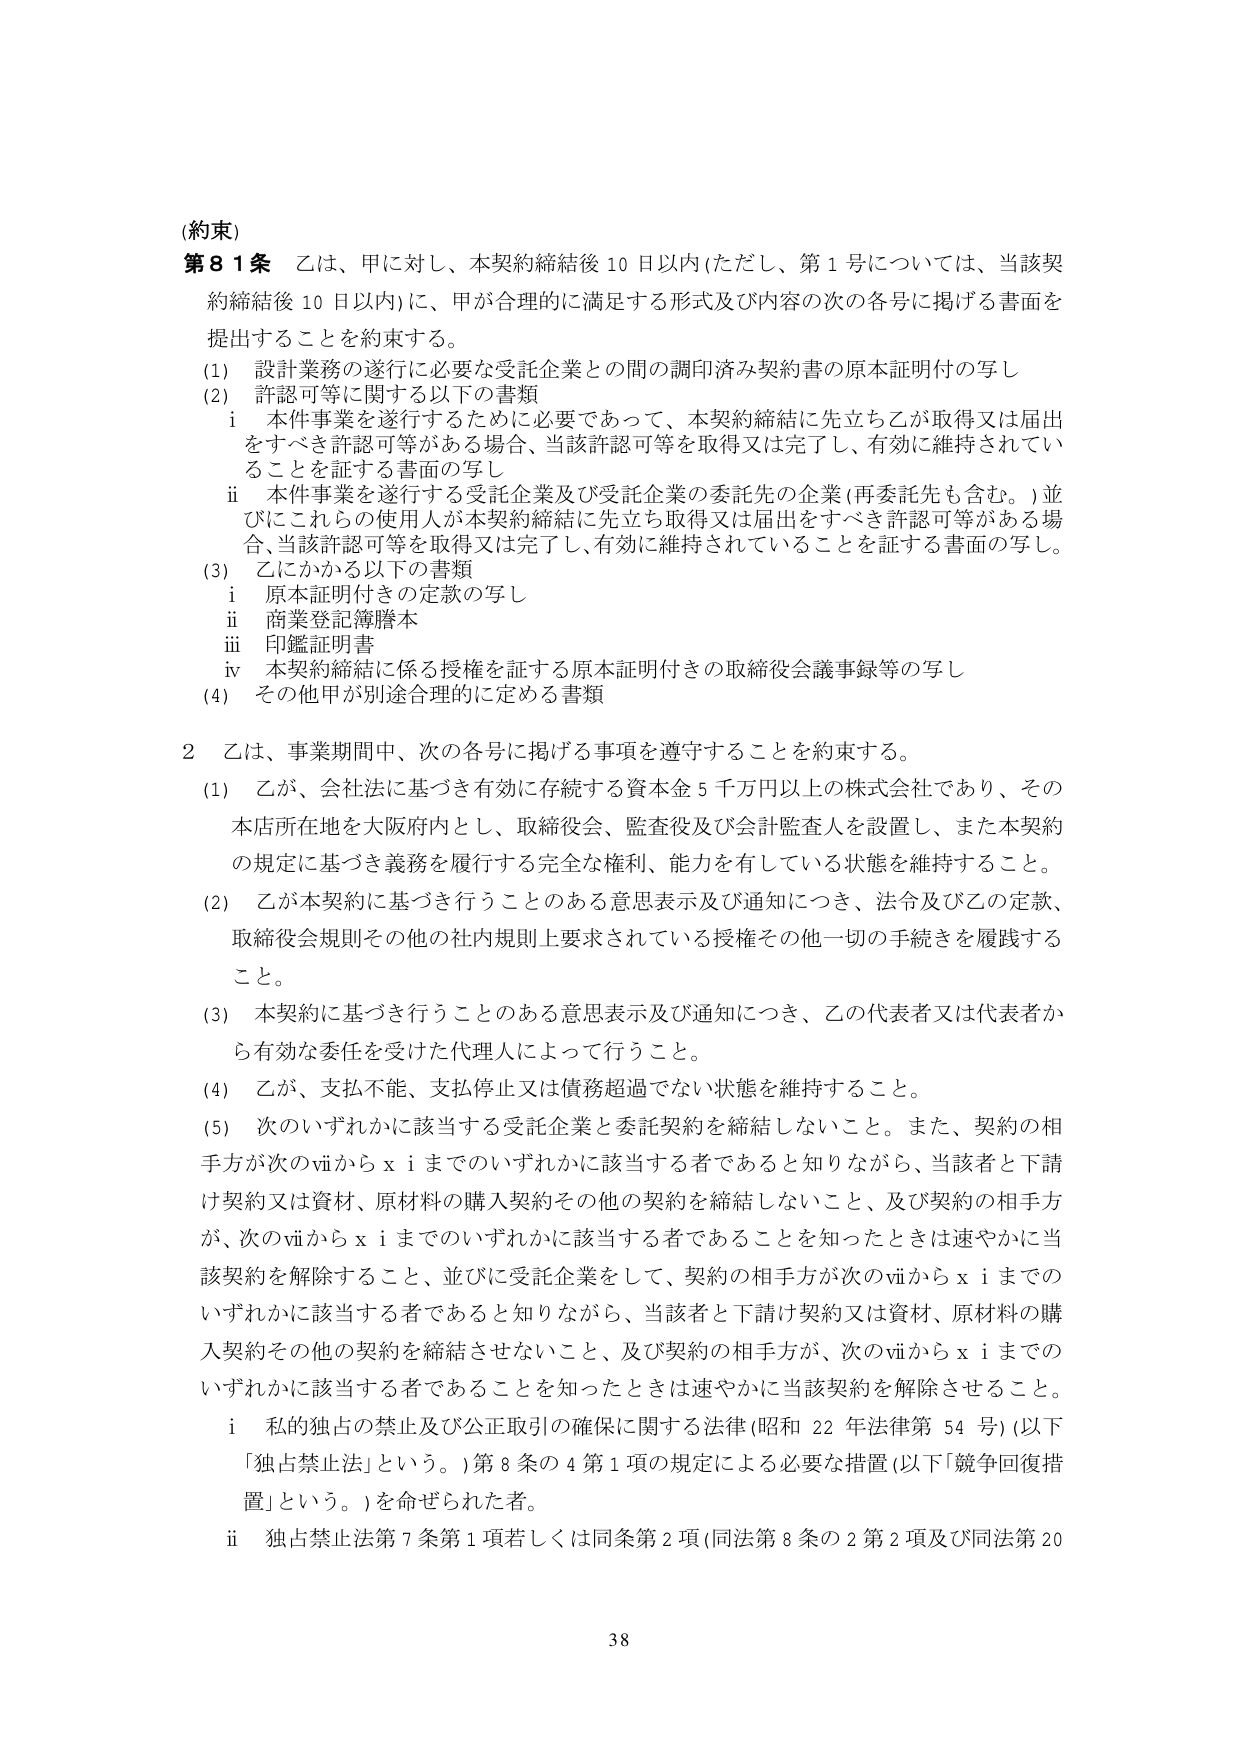
(約束)
第81条 乙は、甲に対し、本契約締結後10日以内（ただし、第1号については、当該契約締結後10日以内）に、甲が合理的に満足する形式及び内容の次の各号に掲げる書面を提出することを約束する。
(1) 設計業務の遂行に必要な受託企業との間の調印済み契約書の原本証明付の写し
(2) 許認可等に関する以下の書類
　i 本件事業を遂行するために必要であって、本契約締結に先立ち乙が取得又は届出をすべき許認可等がある場合、当該許認可等を取得又は完了し、有効に維持されていることを証する書面の写し
　ii 本件事業を遂行する受託企業及び受託企業の委託先の企業（再委託先も含む。）並びにこれらの使用人が本契約締結に先立ち取得又は届出をすべき許認可等がある場合、当該許認可等を取得又は完了し、有効に維持されていることを証する書面の写し。
(3) 乙にかかる以下の書類
　i 原本証明付きの定款の写し
　ii 商業登記簿謄本
　iii 印鑑証明書
　iv 本契約締結に係る授権を証する原本証明付きの取締役会議事録等の写し
(4) その他甲が別途合理的に定める書類

2 乙は、事業期間中、次の各号に掲げる事項を遵守することを約束する。
(1) 乙が、会社法に基づき有効に存続する資本金5千万円以上の株式会社であり、その本店所在地を大阪府内とし、取締役会、監査役及び会計監査人を設置し、また本契約の規定に基づき義務を履行する完全な権利、能力を有している状態を維持すること。
(2) 乙が本契約に基づき行うことのある意思表示及び通知につき、法令及び乙の定款、取締役会規則その他の社内規則上要求されている授権その他一切の手続きを履践すること。
(3) 本契約に基づき行うことのある意思表示及び通知につき、乙の代表者又は代表者から有効な委任を受けた代理人によって行うこと。
(4) 乙が、支払不能、支払停止又は債務超過でない状態を維持すること。
(5) 次のいずれかに該当する受託企業と委託契約を締結しないこと。また、契約の相手方が次のviiからxiまでのいずれかに該当する者であると知りながら、当該者と下請け契約又は資材、原材料の購入契約その他の契約を締結しないこと、及び契約の相手方が、次のviiからxiまでのいずれかに該当する者であることを知ったときは速やかに当該契約を解除すること、並びに受託企業をして、契約の相手方が次のviiからxiまでのいずれかに該当する者であると知りながら、当該者と下請け契約又は資材、原材料の購入契約その他の契約を締結させないこと、及び契約の相手方が、次のviiからxiまでのいずれかに該当する者であることを知ったときは速やかに当該契約を解除させること。
　i 私的独占の禁止及び公正取引の確保に関する法律（昭和22年法律第54号）（以下「独占禁止法」という。）第8条の4第1項の規定による必要な措置（以下「競争回復措置」という。）を命ぜられた者。
　ii 独占禁止法第7条第1項若しくは同条第2項（同法第8条の2第2項及び同法第20

38